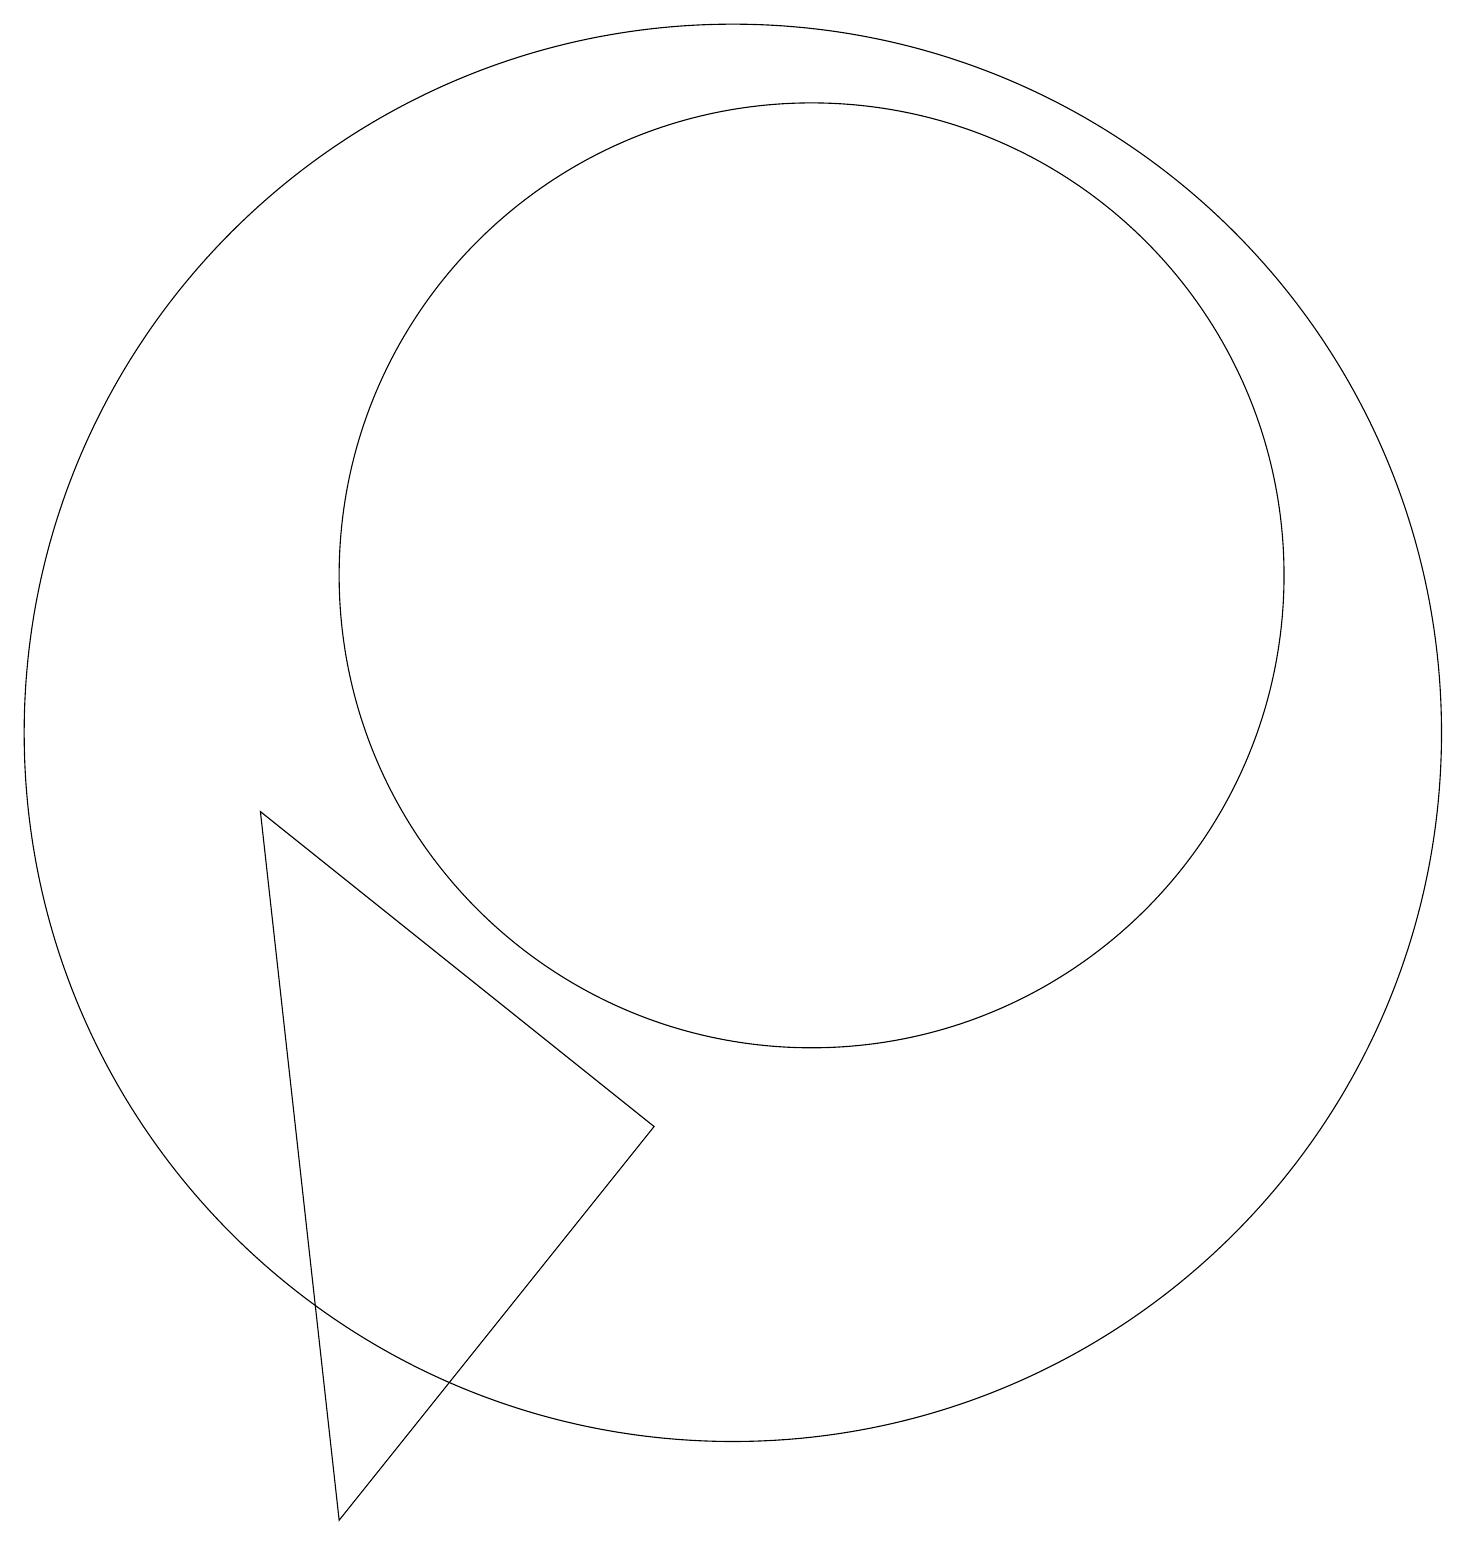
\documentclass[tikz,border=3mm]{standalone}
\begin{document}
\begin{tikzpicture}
\draw (11,12) circle (6);
\draw (10,10) circle (9);
\draw (5,0) -- (4,9) -- (9,5) -- cycle;
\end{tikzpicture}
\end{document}